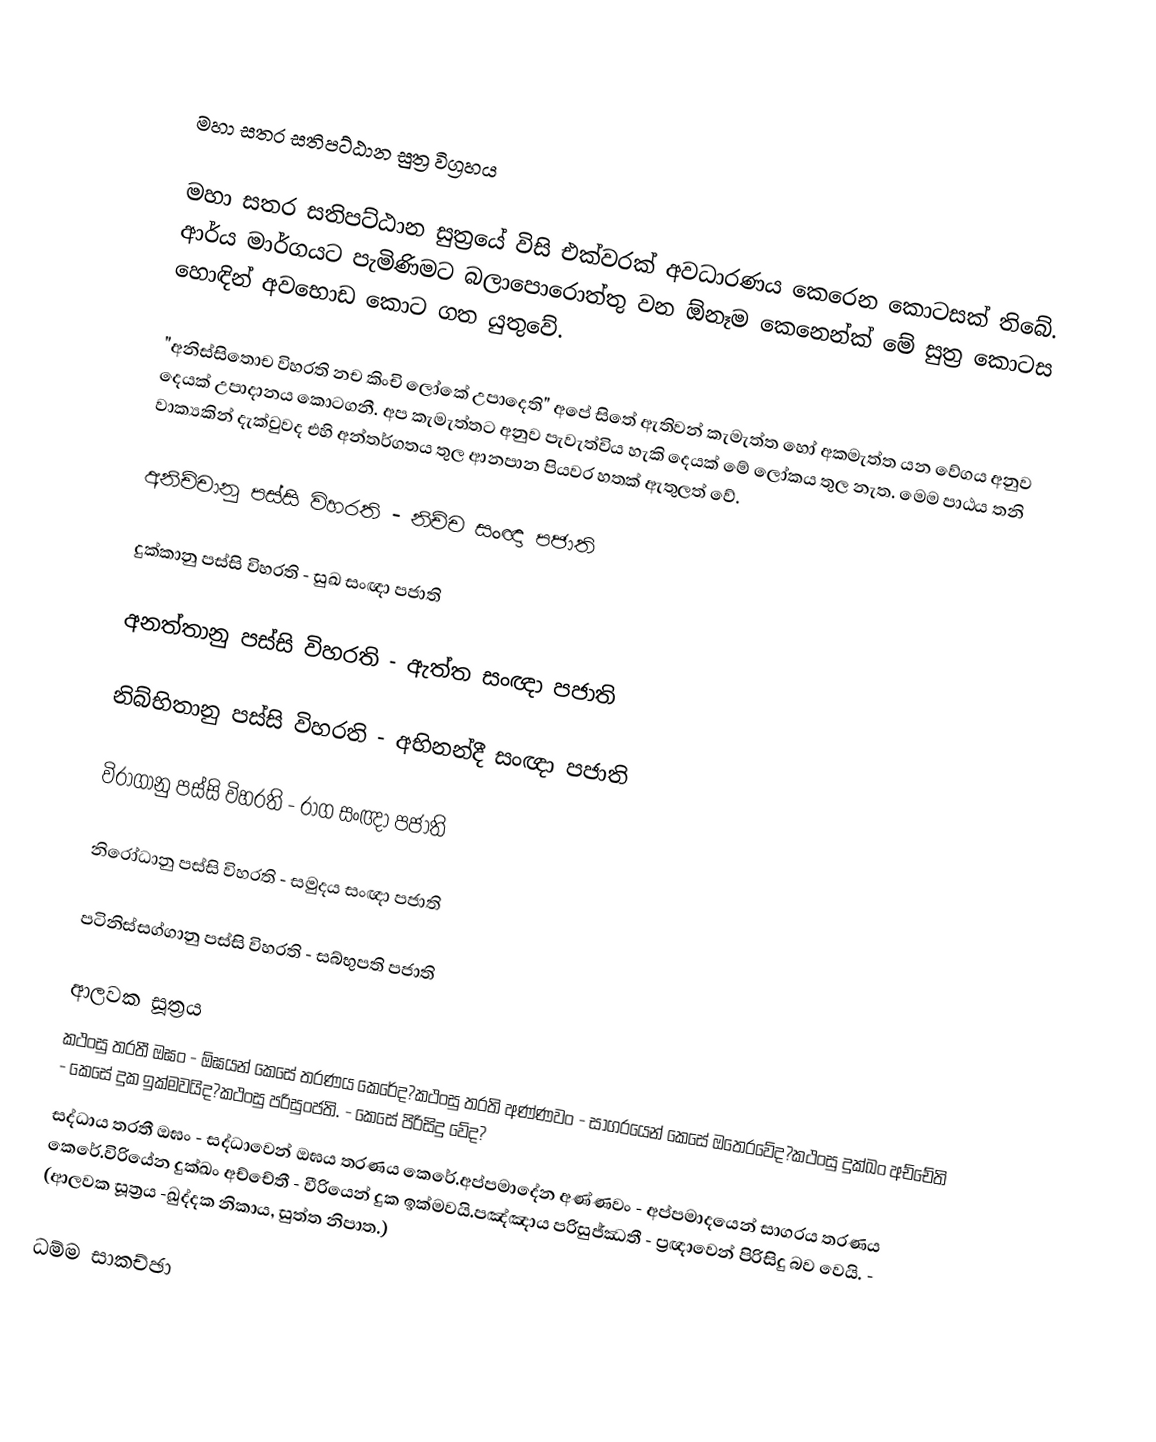

මහා සතර සතිපට්ඨාන සුත්‍ර විග්‍රහය

මහා සතර සතිපට්ඨාන සුත්‍රයේ විසි එක්වරක් අවධාරණය කෙරෙන කොටසක් තිබේ. ආර්ය මාර්ගයට පැමිණිමට බලාපොරොත්තු වන ඕනෑම කෙනෙන්ක් මේ සුත්‍ර කොටස හොඳින් අවභොඩ කොට ගත යුතුවේ.

"අනිස්සිතොච විහරති නච කිංචි ලෝකේ උපාදෙති" අපේ සිතේ ඇතිවන් කැමැත්ත හෝ අකමැත්ත යන වේගය අනුව දෙයක් උපාදානය කොටගනී.  අප  කැමැත්තට අනුව පැවැත්විය හැකි දෙයක් මේ ලෝකය තුල නැත. මෙම පාඨය තනි වාක්‍යකින් දැක්වුවද එහි අන්තර්ගතය තුල ආනපාන පියවර හතක් ඇතුලත් වේ.

අනිච්චානු පස්සි විහරති - නිච්ච සංඥා පජාති

දුක්කානු පස්සි විහරති - සුඛ සංඥා පජාති

අනත්තානු පස්සි විහරති - ඇත්ත සංඥා පජාති

නිබ්භිතානු පස්සි විහරති - අභිනන්දී සංඥා පජාති

විරාගානු පස්සි විහරති - රාග සංඥා පජාති

නිරෝධානු පස්සි විහරති - සමුදය සංඥා පජාති

පටිනිස්සග්ගානු පස්සි විහරති - සබ්භුපති පජාති

ආලවක සූත්‍රය
කථංසු තරතී ඔඝං         -          ඕඝයන් කෙසේ තරණය කෙ‍රේද?කථංසු තරති අණ්ණවං  -          සාගරයෙන් කෙසේ ඔතෙරවේද?කථංසු දුක්ඛං අච්චේති   -          කෙසේ දුක ඉක්මවයිද?කථංසු පරිසුංජති.          -          කෙසේ පිරිසිදු වේද?
සද්ධාය තරතී ඔඝං        -           සද්ධාවෙන් ඔඝය තරණය කෙරේ.අප්පමාදේන අණ්ණවං  -           අප්පමාදයෙන් සාගරය තරණය කෙරේ.විරියේන දුක්ඛං අච්චේතී -          වීරියෙන් දුක ඉක්මවයි.පඤ්ඤාය පරිසුජ්ඣතී     -           ප්‍රඥාවෙන් පිරිසිදු බව වෙයි.   -   (ආලවක සූත්‍රය -ඛුද්දක නිකාය, සුත්ත නිපාත.)

ධම්ම සාකච්ඡා